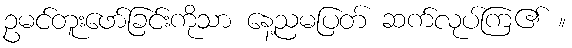
ဥမင်တူးဖော်ခြင်းကိုသာ နေ့ညမပြတ် ဆက်လုပ်ကြ၏ ။